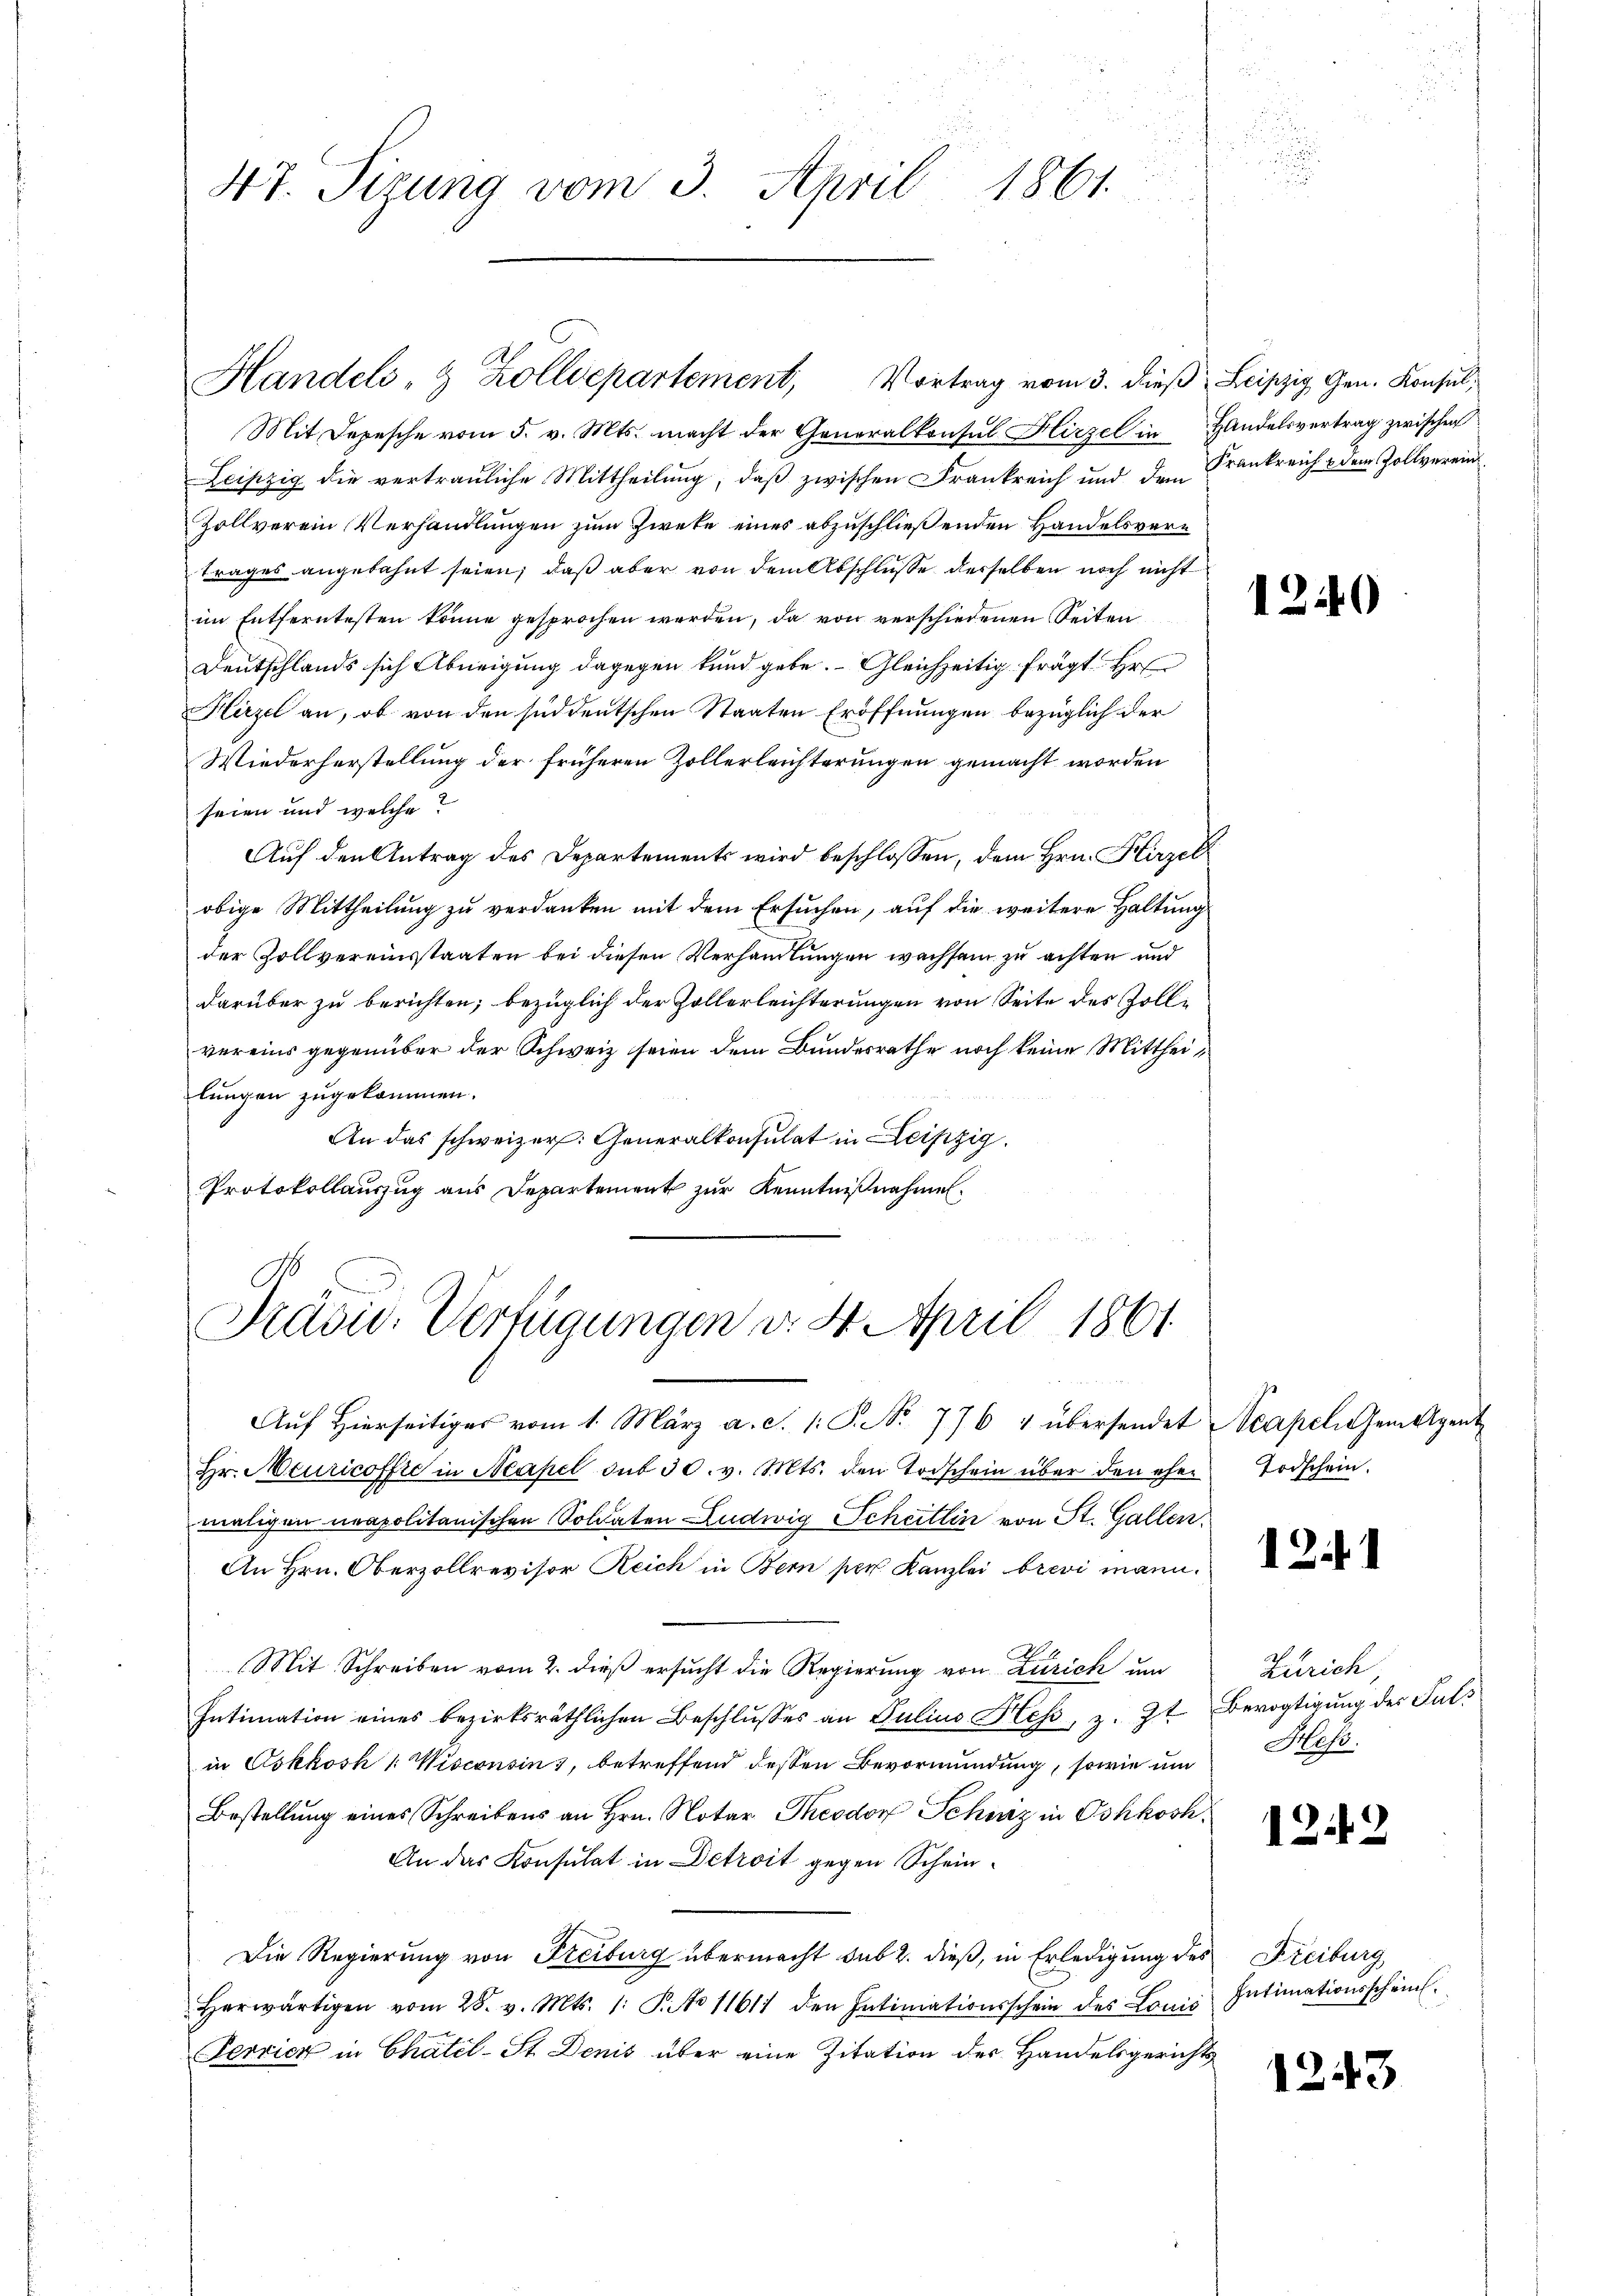
4t. Sizung vom 3. April 1861.

Mit Depesche vom 5. v. Mts. macht der Generalkonsul Hirzel in Handelsvertrag zwischen
Leipzig die vertrauliche Mittheilŭng, daβ zwischen Frankreich und dem Krankreich u dem Zollverein
Zollverein Verhandlungen zum Zweke eines abzuschließenden Handelsvertrages angebahnt seien; daß aber von dem Abschlusse derselben noch nicht
im Entferntesten könne gesprochen werden, da von verschiedenen Seiten
Deutschlands sich Abneigung dagegen kund gebe. Gleichzeitig frägt Hr
Hirzel an, ob von den süddeutschen Staaten Eröffnungen bezüglich der
Wiederherstellung der früheren Zollerleichterungen gemacht worden
seien und welche?
Auf den Antrag des Departements wird beschlossen, dem Hrn. Hirzel
obige Mittheilung zu verdanken mit dem Ersuchen, auf die weitere Haltung
der Zollvereinsstaaten bei diesen Verhandlungen wachsam zu achten und
darüber zu berichten; bezüglich der Zollerleichterungen von Seite des Zollvereins gegenüber der Schweiz seien dem Bundesrathe noch keine Mittheilungen zugekommen.
An das schweizer. Generalkonsulat in Leipzig.
Protokollauszug aus Departement zur Kenntnißnahmen.

Handels- & Zolldepartement, Vortrag vom 3. dieβ Leipzig Gen. Konsul,

Präsid. Verfügungen v. 4. April 1861

Auf hierseitiges vom 1. März a. S. 1: P. No. 776 4 übersendet Neapel Gemeigent
Hr. Meuricoffre in Neapel dit 30. v. Mts. den Todschein über den ehemaligen neapolitanischen Soldaten Ludwig Scheitlin von St. Gallen.
An Hrn. Oberzollrevisor Reich in Bern per Kanzlei brevi mann.
Mit Schreiben vom 2. dieß ersucht die Regierung von Zürich um
Intimation eines bezirksräthlichen Beschlŭsses an Julius Heβ, z. Zt. Bevogtigung der Fals
in Oskkosh [Wisconsins, betreffend dessen Bevormundung, sowie um
Bestellung eines Schreibens an Hrn. Notar Theodor Schwiz in Oshkosh¬
An das Konsulat in Detroit gegen Schein¬
Die Regierung von Freiburg übermacht sub 2. dieß, in Erledigung des
herwärtigen vom 28. v. Mts. 1. P. No 11611 den Intimationsschein des Louis
Perrich in Chätel-St. Denis über eine Zitation der Handelsgerichts

1

13.

¬

Todschein.

.

Zürich
Hess.

122

Freiburg,
Intimationsscheint.

1243